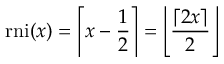
{ \mathrm { r n i } } ( x ) = \left\lceil x - { \frac { 1 } { 2 } } \right\rceil = \left\lfloor { \frac { \lceil 2 x \rceil } { 2 } } \right\rfloor